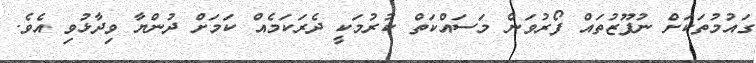
ގައުމުތަކަށް ނުފޫޒުތައް ފޯރުވަން މަސައްކަތް ކުރުމަކީ ދެރަކަމެއް ކަމަށް ދުންޔާ ވިދާޅުވި އެވެ.